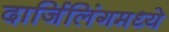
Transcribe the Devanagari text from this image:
दार्जिलिंगमध्ये